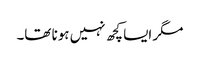
مگر ایسا کچھ نہیں ہونا تھا۔